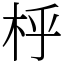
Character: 㭔